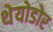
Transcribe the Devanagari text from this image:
थेयोडोर